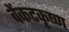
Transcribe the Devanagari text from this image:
वेंकटकृष्ण